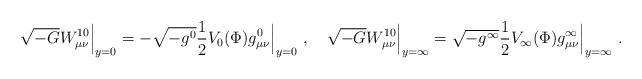
LaTeX: \begin{align*} \sqrt{-G}W^{10}_{\mu\nu}\Big|_{y=0}=-\sqrt{-g^{0}}\frac{1}{2}V_{0}(\Phi)g^{0}_{\mu\nu}\Bigr|_{y=0}\ ,\quad\sqrt{-G}W^{10}_{\mu\nu}\Big|_{y=\infty}=\sqrt{-g^{\infty}}\frac{1}{2}V_{\infty}(\Phi)g^{\infty}_{\mu\nu}\Bigr|_{y=\infty}\ .\end{align*}